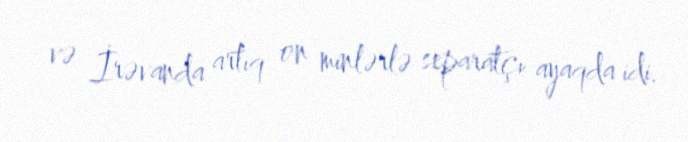
və İrəvanda artıq on minlərlə separatçı ayaqda idi.